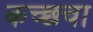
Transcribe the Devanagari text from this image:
कच्छचा